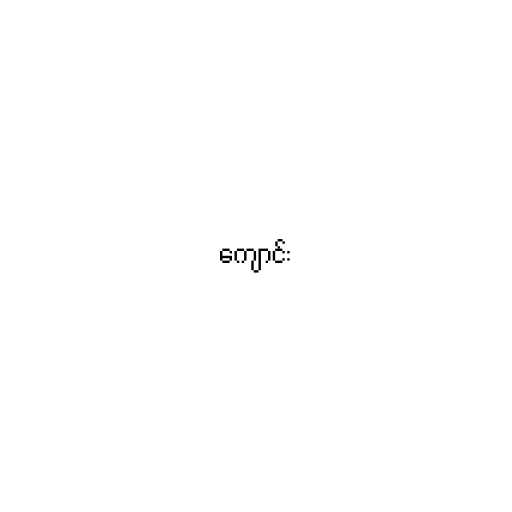
ကျောင်း